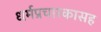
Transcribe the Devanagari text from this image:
धर्मप्रचारकासह